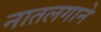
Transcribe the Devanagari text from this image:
नातलगाने